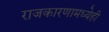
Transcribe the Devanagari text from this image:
राजकारणामध्येही